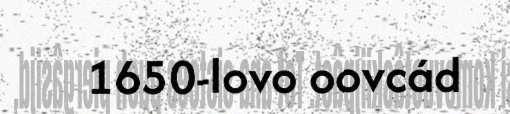
1650-lovo oovcád